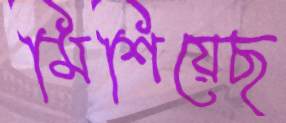
মিশিয়েছ